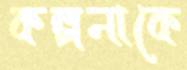
কল্পনাকে